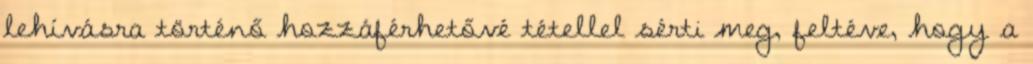
lehívásra történő hozzáférhetővé tétellel sérti meg, feltéve, hogy a